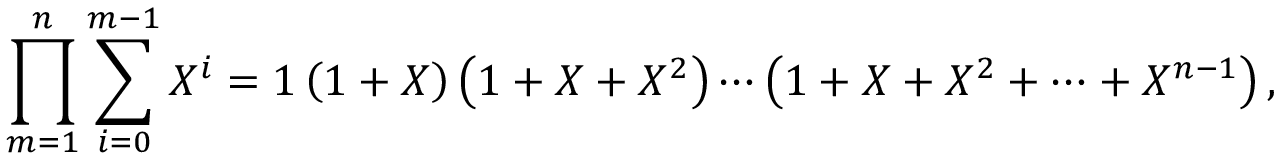
\prod _ { m = 1 } ^ { n } \sum _ { i = 0 } ^ { m - 1 } X ^ { i } = 1 \left( 1 + X \right) \left( 1 + X + X ^ { 2 } \right) \cdots \left( 1 + X + X ^ { 2 } + \cdots + X ^ { n - 1 } \right) ,